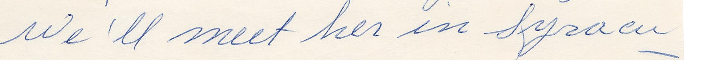
We'll meet her in Syracu